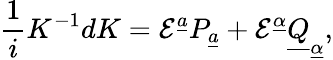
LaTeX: {\frac{1}{i}}K^{-1}dK={\cal E}^{\underline{{a}}}P_{\underline{{a}}}+{\cal E}^{\underline{{\alpha}}}\underline{{Q}}_{\underline{{\alpha}}},